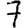
Digit: 7